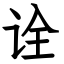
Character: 诠